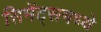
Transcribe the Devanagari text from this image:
सिमेंट्समध्ये